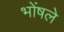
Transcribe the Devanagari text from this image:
भोंषले